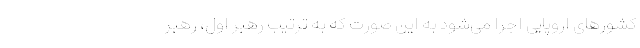
کشورهای اروپایی اجرا می‌شود به این صورت که به ترتیب رهبر اول، رهبر